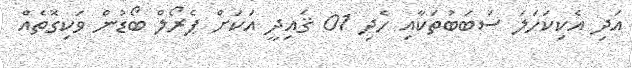
އަދި އެކިކަހަލަ ސަބަބުތަކާއި ހެދި 01 ޤައިދީ އަކަށް ޕެރޯލް ބޯޑުން ވަކިގޮތެއް